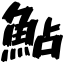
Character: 鮎